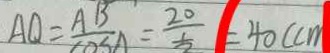
A D = \frac { A B } { \cos A } = \frac { 2 0 } { \frac { 1 } { 2 } } = 4 0 ( c m